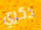
ذكري